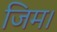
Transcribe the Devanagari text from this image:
जिम।